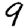
Digit: 9